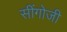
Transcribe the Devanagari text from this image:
सींगोजी